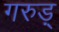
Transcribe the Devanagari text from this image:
गरुड़्